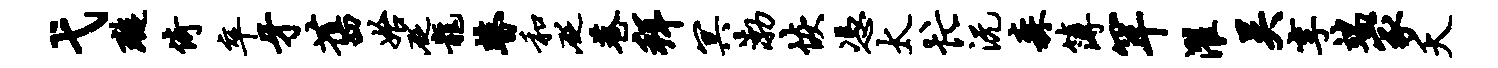
弋璇倚卒牙旧始砭龙瞽和砭巷拜冥渤恢凭太忙沅森簿罕濯吴享端冢夭